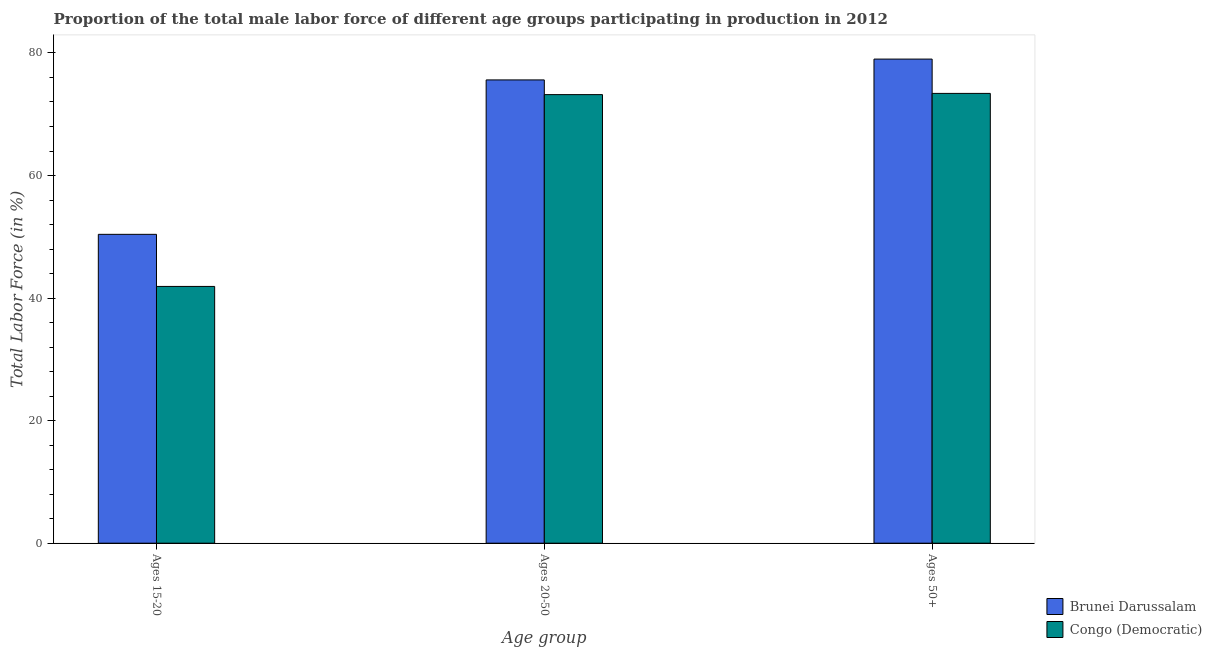
| Age group | Brunei Darussalam | Congo (Democratic) |
 | --- | --- | --- |
 | Ages 15-20 | 50.4 | 41.9 |
 | Ages 20-50 | 75.6 | 73.2 |
 | Ages 50+ | 79 | 73.4 |